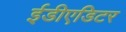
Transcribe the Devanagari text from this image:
ईडीएडिटर